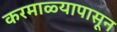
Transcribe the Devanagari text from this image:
करमाळ्यापासून